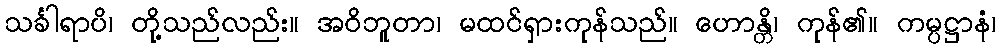
သင်္ခါရာပိ၊ တို့သည်လည်း။ အဝိဘူတာ၊ မထင်ရှားကုန်သည်။ ဟောန္တိ၊ ကုန်၏။ ကမ္ပဋ္ဌာနံ၊